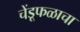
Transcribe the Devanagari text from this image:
चेंडूफळाचा